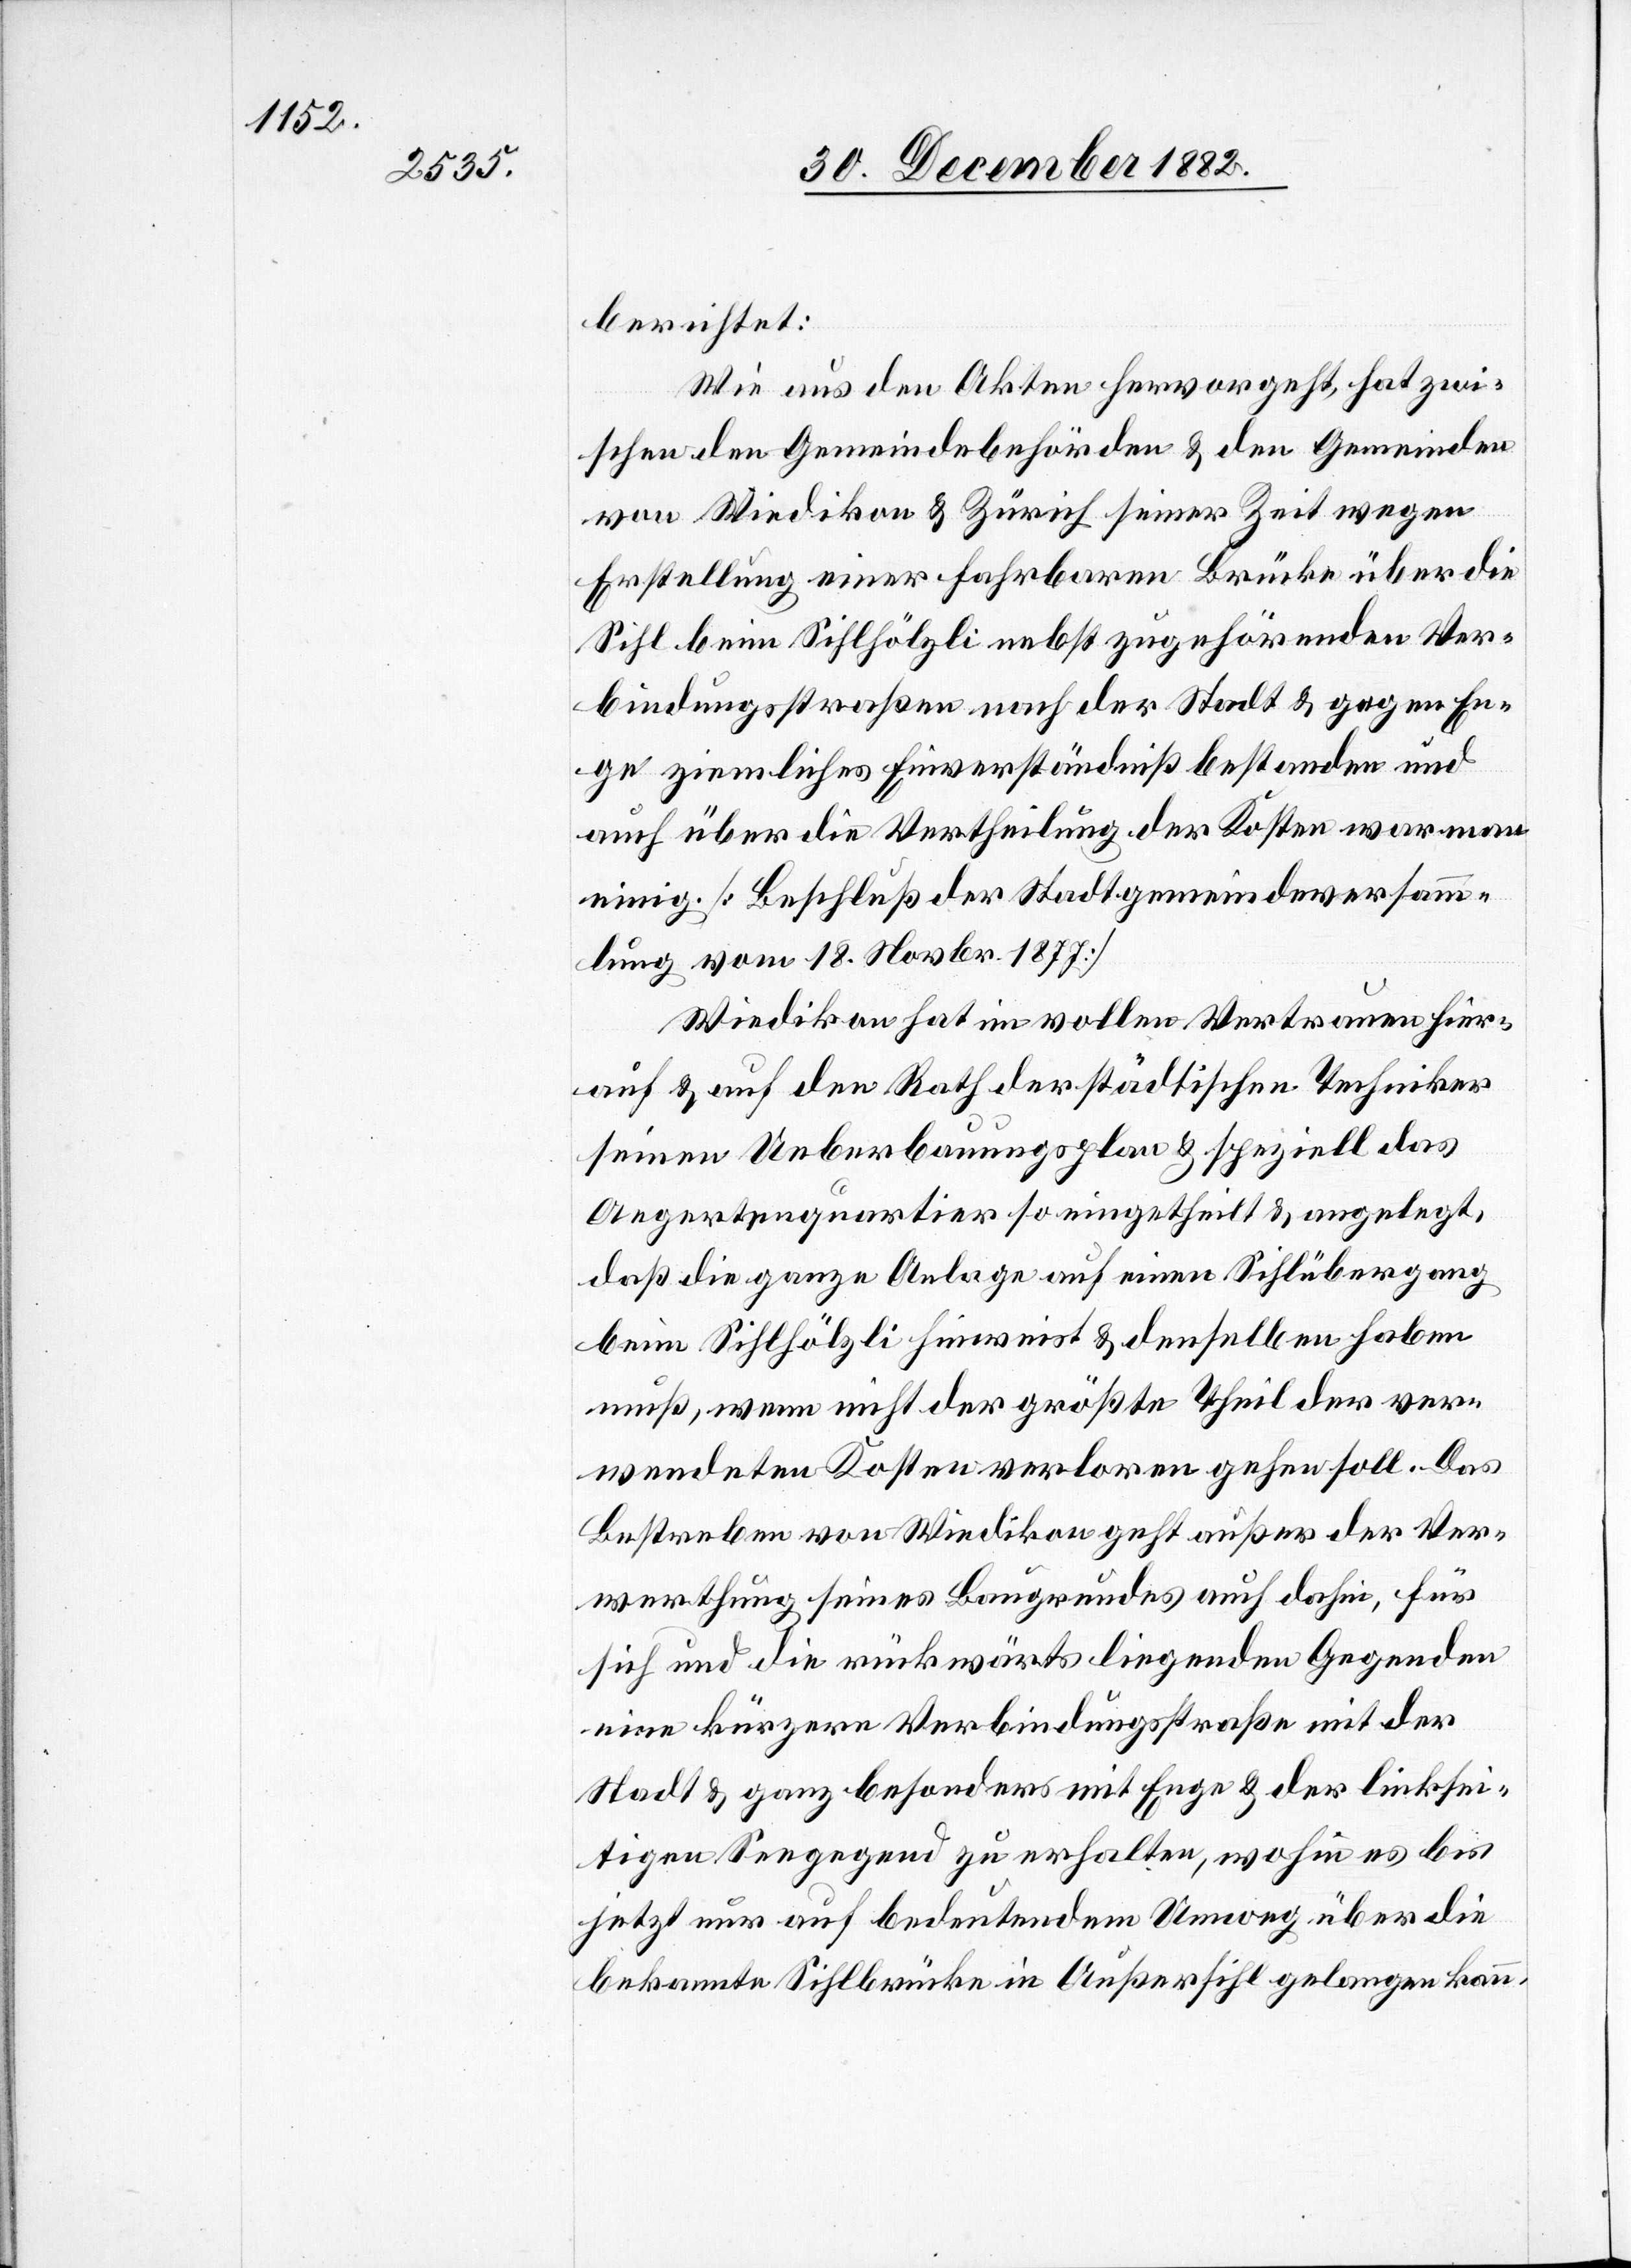
berichtet:
Wie aus den Akten hervorgeht, hat zwi¬
schen den Gemeindebehörden & den Gemeinden
von Wiedikon & Zürich seiner Zeit wegen
Erstellung einer fahrbaren Brücke über die
Sihl beim Sihlhölzli nebst zugehörenden Ver¬
bindungsstraßen nach der Stadt & gegen En¬
ge ziemliches Einverständniß bestanden und
auch über die Vertheilung der Kosten war man
einig. [Beschluß der Stadtgemeindeversamm¬
lung vom 18. Novbr. 1877]
Wiedikon hat im vollen Vertrauen hier¬
auf & auf den Rath der städtischen Techniker
seinen Ueberbauungsplan & speziell das
Aegertenquartier so eingetheilt & angelegt,
daß die ganze Anlage auf einen Sihlübergang
beim Sihlhölzli hinweist & denselben haben
muß, wenn nicht der größte Theil der ver¬
wendeten Kosten verloren gehen soll. Das
Bestreben von Wiedikon geht außer der Ver¬
werthung seines Baugrundes auch dahin, für
sich und die rückwärts liegenden Gegenden
eine kürzere Verbindungsstraße mit der
Stadt & ganz besonders mit Enge & der linksei¬
tigen Seegegend zu erhalten, wohin es bis
jetzt nur auf bedeutendem Umweg über die
bekannte Sihlbrücke in Außersihl gelangen kann.